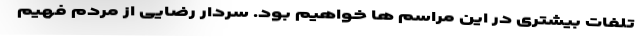
تلفات بیشتری در این مراسم ها خواهیم بود. سردار رضایی از مردم فهیم